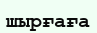
шырғаға